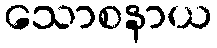
သောစနာယ